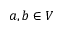
a , b \in V